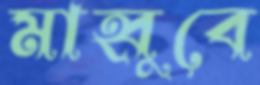
মাহ্বুবে